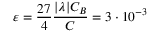
\varepsilon = \frac { 2 7 } { 4 } \frac { | \lambda | C _ { B } } { C } = 3 \cdot 1 0 ^ { - 3 }